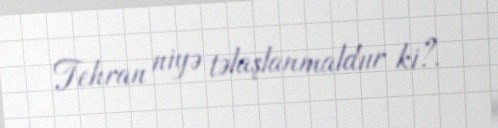
Tehran niyə təlaşlanmaldıır ki?.